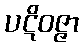
ပဋိဝဇ္ဇာ